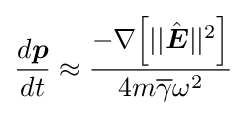
{\frac {d{\boldsymbol {p}}}{dt}}\approx {\frac {-\nabla {\Big [}||{\hat {\boldsymbol {E}}}||^{2}{\Big ]}}{4m{\overline {\gamma }}\omega ^{2}}}